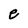
Character: e